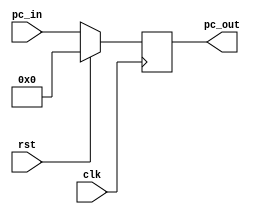
`timescale 1ns / 1ps
//////////////////////////////////////////////////////////////////////////////////
// Company: 
// Engineer: 
// 
// Design Name: 
// Module Name: program_counter
// Project Name: 
// Target Devices: 
// Tool Versions: 
// Description: 
// 
// Dependencies: 
// 
// Revision:
// Revision 0.01 - File Created
// Additional Comments:
// 
//////////////////////////////////////////////////////////////////////////////////

module program_counter

/*** PARAMETERS ***/
#(parameter
	DATA_WL = 32
)

/*** IN/OUT ***/
(
	// IN 
	input clk, rst,
	input [DATA_WL - 1 : 0]		pc_in,
	// OUT
	output [DATA_WL - 1 : 0]	pc_out
);
	
	// initial pc should start at 0
	reg [DATA_WL - 1 : 0] pc;
	
	always @ (posedge clk) 
	begin
	   if(rst) pc <= 0;
	   else pc <= pc_in;
	end
	
	assign pc_out = pc;
	
endmodule